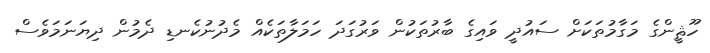
ހޫޘީންގެ މަގާމުތަކަށް ސައުދީ ވައިގެ ބާރުތަކުން ވަރުގަދަ ހަމަލާތަކެއް މެދުނުކެނޑި ދެމުން ދިޔަނަމަވެސް